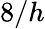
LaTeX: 8/h